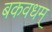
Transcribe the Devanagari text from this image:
बकवधम्